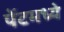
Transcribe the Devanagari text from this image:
पेंटमध्ये